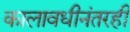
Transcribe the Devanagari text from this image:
कालावधीनंतरही